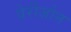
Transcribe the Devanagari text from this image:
वेरीज़ोन